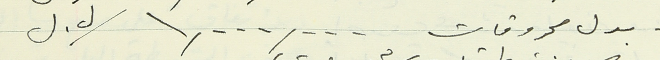
بدل محروقات  ١,٠٠٠,٠٠٠ / ل. ل